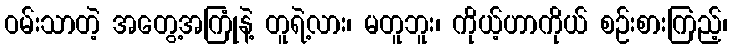
ဝမ်းသာတဲ့ အတွေ့အကြုံနဲ့ တူရဲ့လား၊ မတူဘူး၊ ကိုယ့်ဟာကိုယ် စဉ်းစားကြည့်၊